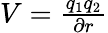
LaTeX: \begin{array}{r}{V=\frac{q_{1}q_{2}}{\partial r}}\end{array}